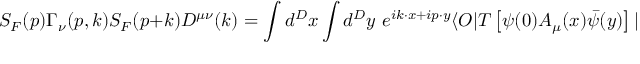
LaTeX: S _ { F } ( p ) \Gamma _ { \nu } ( p , k ) S _ { F } ( p + k ) D ^ { \mu \nu } ( k ) = \int d ^ { D } x \int d ^ { D } y \, \, e ^ { i k \cdot x + i p \cdot y } \langle O \vert T \left[ \psi ( 0 ) A _ { \mu } ( x ) \bar { \psi } ( y ) \right] \vert O \rangle